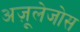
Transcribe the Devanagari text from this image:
अज़ूलेजोस